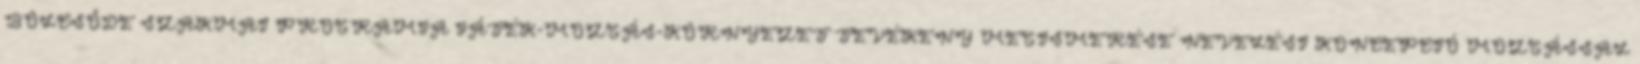
BÖLCSŐDE SZAKMAI PROGRAMJA JÁTÉK-MOZGÁS-KÖRNYEZET TEVÉKENY MEGISMERÉSE NEVELÉSI KONCEPCIÓ MOZGÁSSAL